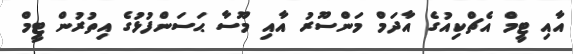
އާއި ޓީމް އެޗްކިއުގެ އާދަމް މަންސޫރު އާއި މޫސާ ޙަސަންފުޅުގެ އިތުރުން ޓީމް